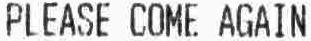
PLEASE COME AGAIN